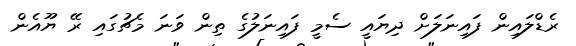
ރެޑްލައިން ފައިނަލަށް ދިޔައީ ސެމީ ފައިނަލުގެ ތިން ވަނަ މެޗުގައި ރޭ ޔޫއެން